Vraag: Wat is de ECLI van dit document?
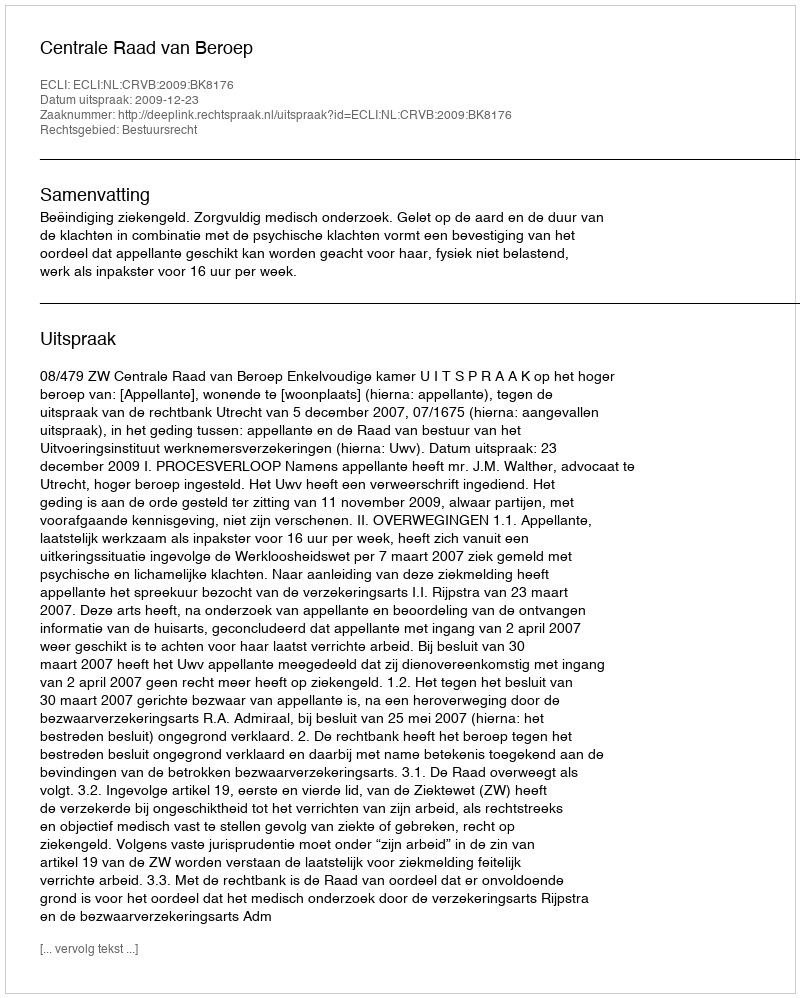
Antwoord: ECLI:NL:CRVB:2009:BK8176